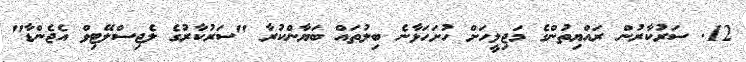
12. ސަރުކާރުން ރައްޔިތުންގެ މަޖިލީހަށް ހުށަހަޅާނެ ބިލުތައް ބަޔާންކުރާ "ސަރުކާރުގެ ލެޖިސްލޭޓިވް އެޖެންޑާ"